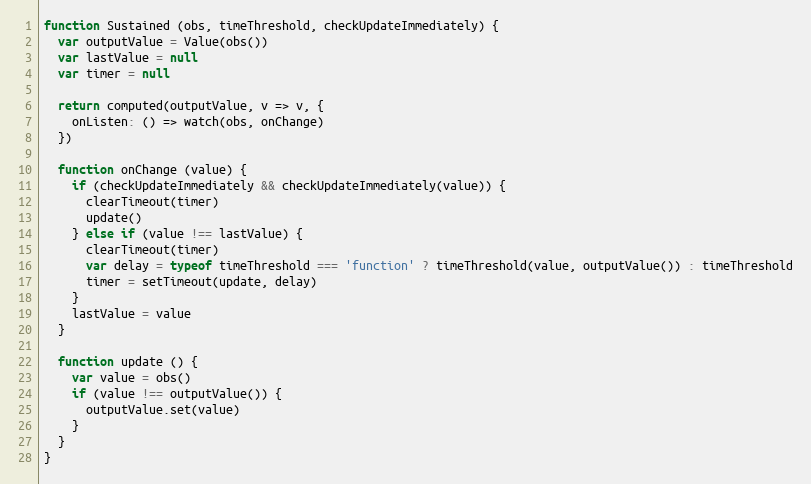
Language: JavaScript
function Sustained (obs, timeThreshold, checkUpdateImmediately) {
  var outputValue = Value(obs())
  var lastValue = null
  var timer = null

  return computed(outputValue, v => v, {
    onListen: () => watch(obs, onChange)
  })

  function onChange (value) {
    if (checkUpdateImmediately && checkUpdateImmediately(value)) {
      clearTimeout(timer)
      update()
    } else if (value !== lastValue) {
      clearTimeout(timer)
      var delay = typeof timeThreshold === 'function' ? timeThreshold(value, outputValue()) : timeThreshold
      timer = setTimeout(update, delay)
    }
    lastValue = value
  }

  function update () {
    var value = obs()
    if (value !== outputValue()) {
      outputValue.set(value)
    }
  }
}